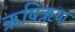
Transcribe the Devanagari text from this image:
ऋषिऋण